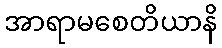
အာရာမစေတိယာနိ